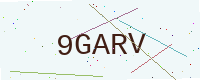
Text: 9GARV